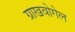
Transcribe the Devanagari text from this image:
ग्राखवोगेल